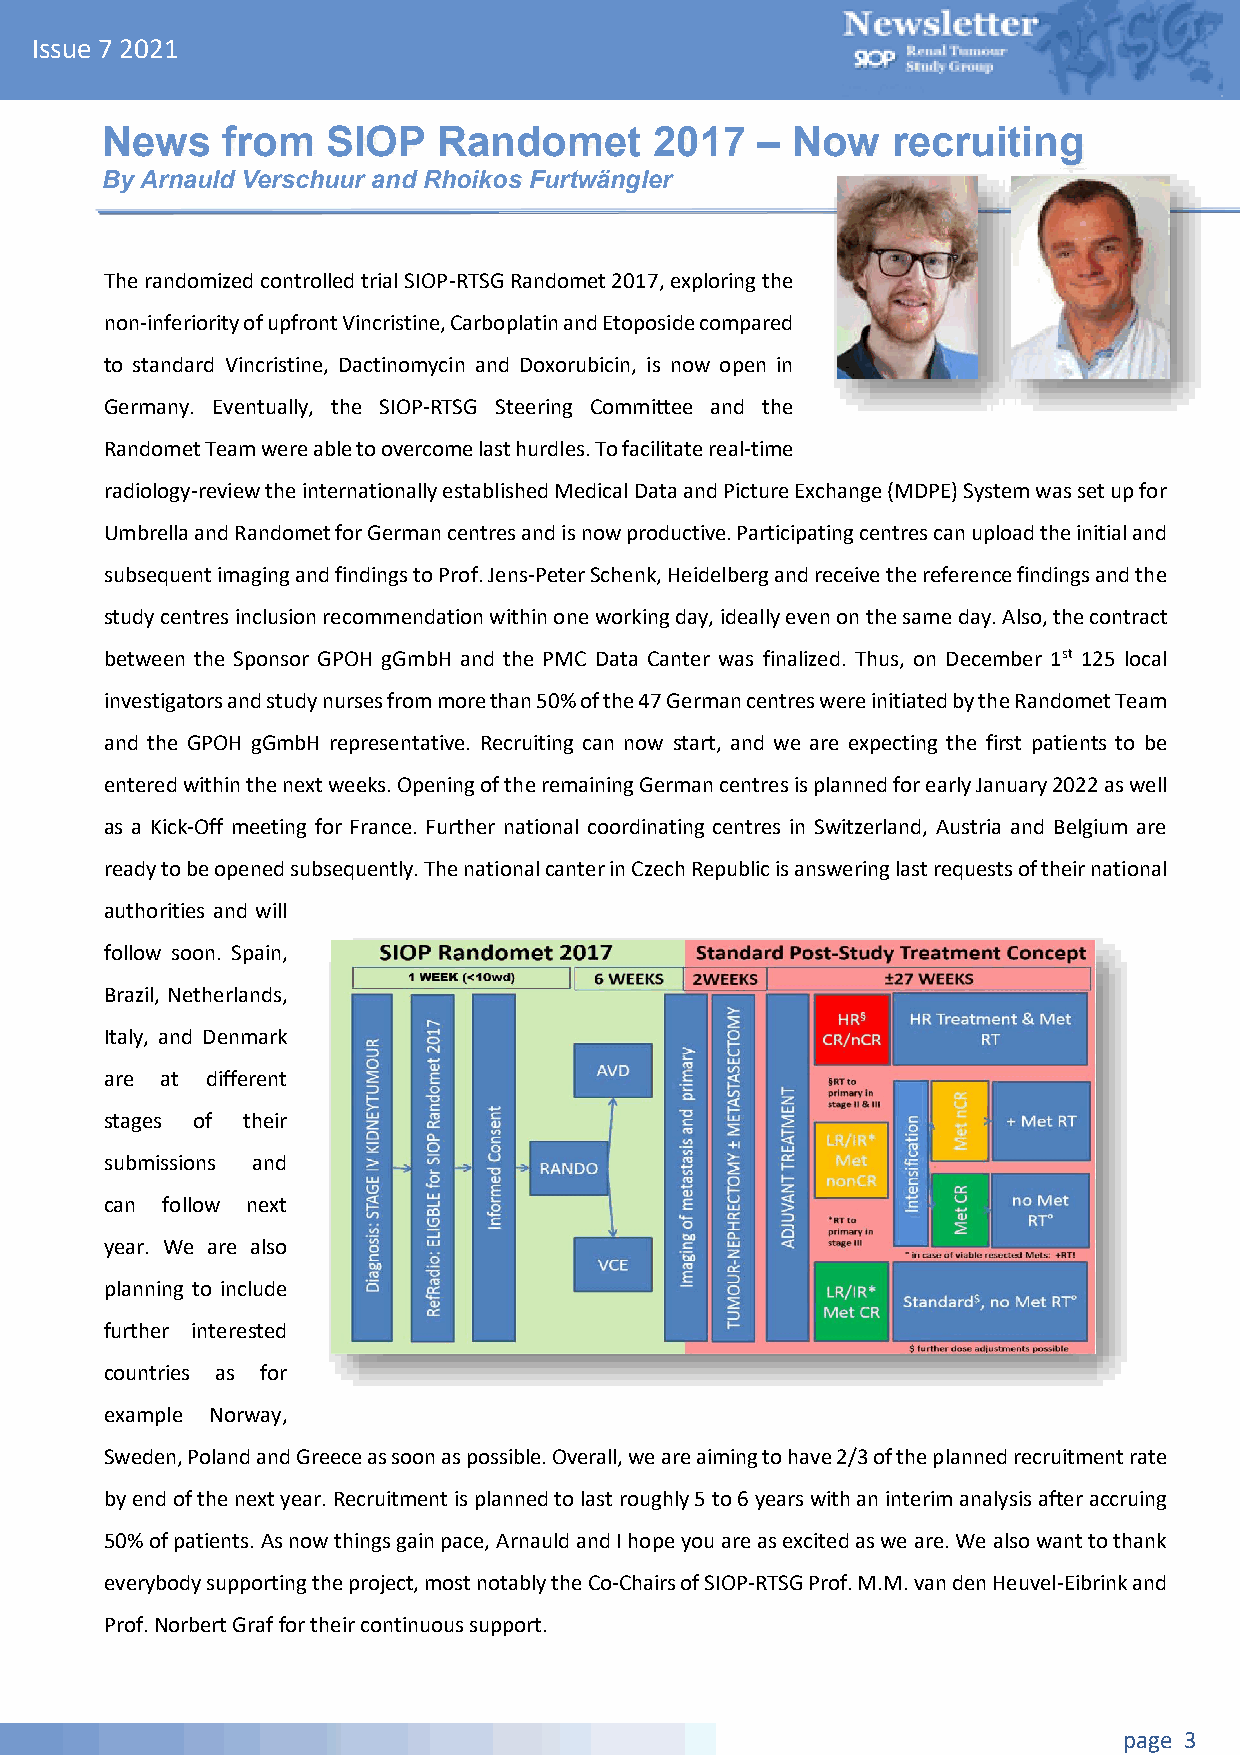
Issue 7 2021
 News    from   SIOP   Randomet      2017   – Now    recruiting
 By Arnauld Verschuur and Rhoikos Furtwängler
 The randomized controlled trial SIOP-RTSG Randomet 2017, exploring the
 non-inferiority of upfront Vincristine, Carboplatin and Etoposide compared
 to standard Vincristine, Dactinomycin and Doxorubicin, is now open in
 Germany. Eventually, the SIOP-RTSG Steering Committee and the
 Randomet Team were able to overcome last hurdles. To facilitate real-time
 radiology-review the internationally established Medical Data and Picture Exchange (MDPE) System was set up for
 Umbrella and Randomet for German centres and is now productive. Participating centres can upload the initial and
 subsequent imaging and findings to Prof. Jens-Peter Schenk, Heidelberg and receive the reference findings and the
 study centres inclusion recommendation within one working day, ideally even on the same day. Also, the contract
 between the Sponsor GPOH gGmbH and the PMC Data Canter was finalized. Thus, on December 1st 125 local
 investigators and study nurses from more than 50% of the 47 German centres were initiated by the Randomet Team
 and the GPOH gGmbH representative. Recruiting can now start, and we are expecting the first patients to be
 entered within the next weeks. Opening of the remaining German centres is planned for early January 2022 as well
 as a Kick-Off meeting for France. Further national coordinating centres in Switzerland, Austria and Belgium are
 ready to be opened subsequently. The national canter in Czech Republic is answering last requests of their national
 authorities and will
 follow soon. Spain,
 Brazil, Netherlands,
 Italy, and Denmark
 are at different
 stages of their
 submissions and
 can follow next
 year. We are also
 planning to include
 further interested
 countries as for
 example Norway,
 Sweden, Poland and Greece as soon as possible. Overall, we are aiming to have 2/3 of the planned recruitment rate
 by end of the next year. Recruitment is planned to last roughly 5 to 6 years with an interim analysis after accruing
 50% of patients. As now things gain pace, Arnauld and I hope you are as excited as we are. We also want to thank
 everybody supporting the project, most notably the Co-Chairs of SIOP-RTSG Prof. M.M. van den Heuvel-Eibrink and
 Prof. Norbert Graf for their continuous support.
 page 3